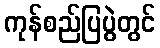
ကုန်စည်ပြပွဲတွင်